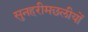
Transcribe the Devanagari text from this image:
सुनहरीमछलीयों